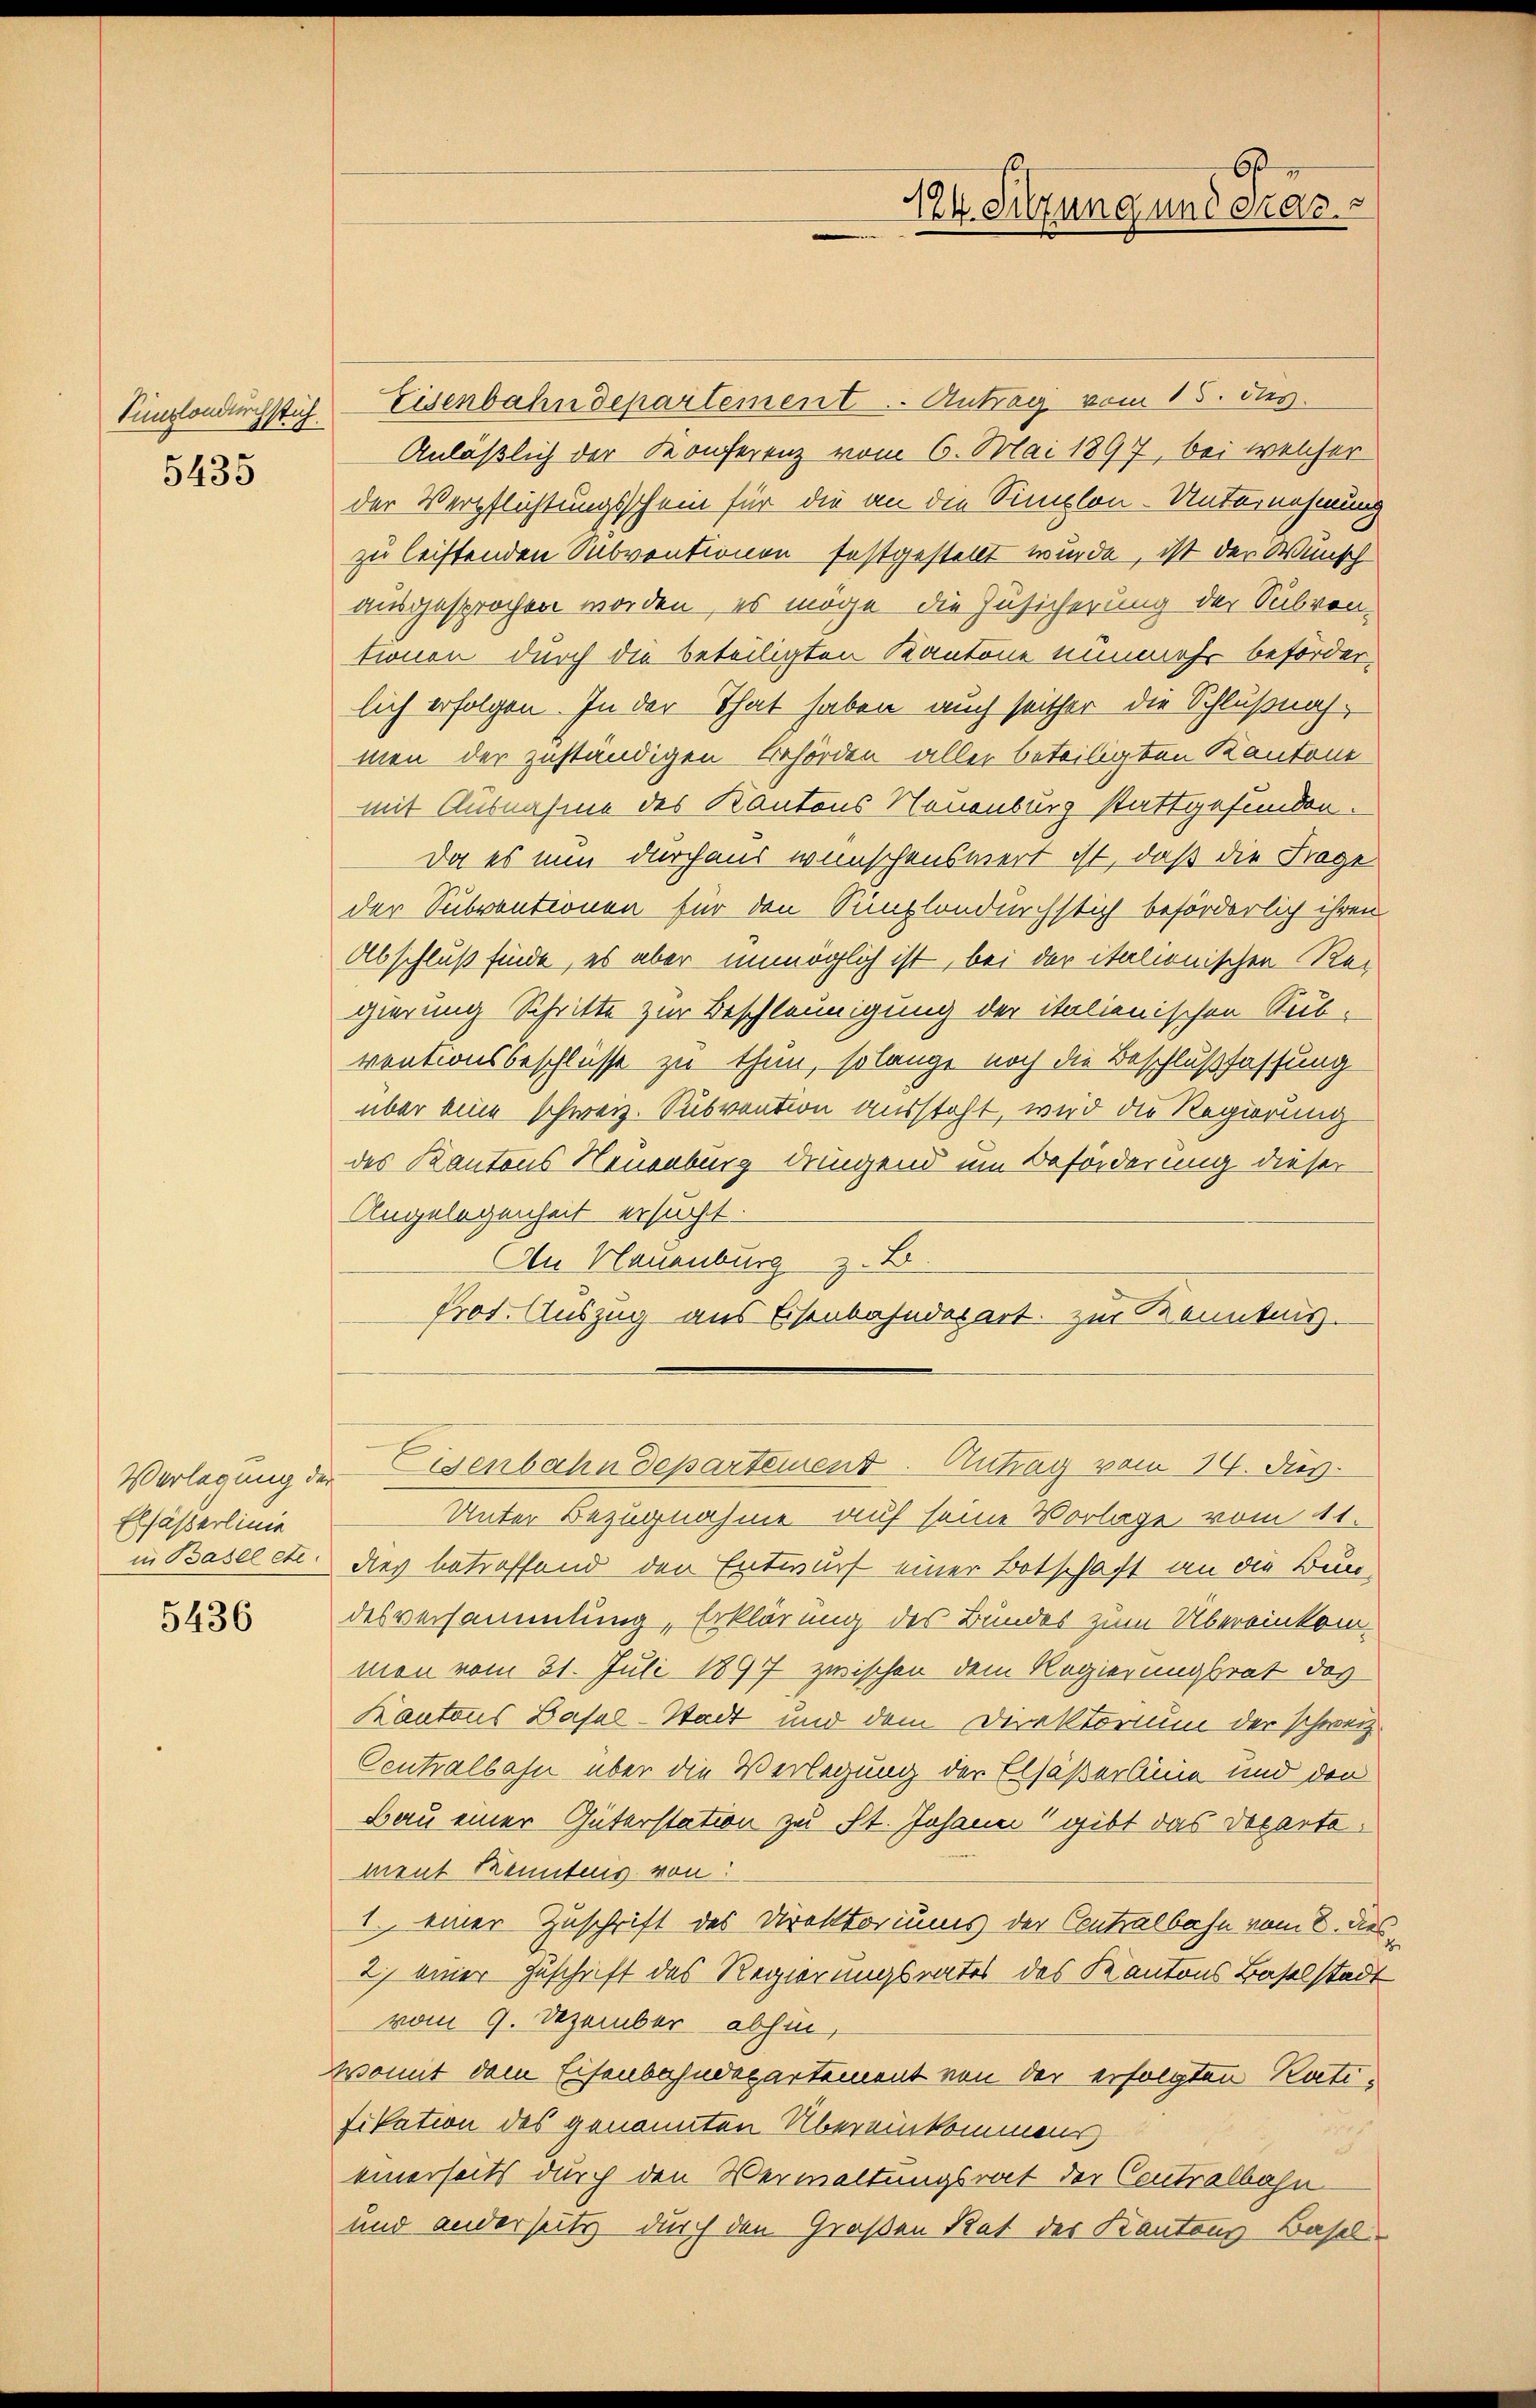
Simplondurchstich.
5435

Elsässerlinie

5436

6
224. Sitzung und erac
e

Eisenbahndepartement. Antrag vom 15. dies
Anläßlich der Konferenz vom 6. Mai 1897, bei welcher
der Verpflichtungsschein für die an die Simplon-Unternehmung
zu leistenden Subventionen festgestellt wurde, ist der Wunsch
ausgesprochen worden, es möge die Zusicherung der Subven-
tionen durch die beteiligten Kantone nunmehr beförderlich erfolgen. In der That haben auch seither die Schlußnahmen der zuständigen Behörden aller beteiligten Kantone
mit Ausnahme des Kantons Neuenburg stattgefunden.
Da es nun durchaus wünschenswert ist, daß die Frage
der Subventionen für den Simplondurchstich beförderlich ihren
Abschluß finde, es aber unmöglich ist, bei der italionischen Rei
gierung Schritte zur Beschleunigung der italienischen Sub-
ventionsbeschlüsse zu thun, solange noch die Beschlußfassung
über eine schweiz. Subvention aussteht, wird die Regierung
des Kantons Neuenburg dringend um Beförderung dieser
Angelegenheit ersucht.
An Neuenburg z. B.
Prot. Auszug aus Eisenbahndepart. Zur Kenntnis.
Verlegung der Eisenbahn Departement. Antrag vom 19. dus.
Unter Bezugnahme auf seine Vorlage vom 11.
in Baselche dies betroffend den Entwurf einer Botschaft an die Bun-
desversammlung, Erklärung des Bundes zum Übereinkommon vom 31. Juli 1897 zwischen dem Regierungsrat des
Kantons Basel-Stadt und dem Direktorium der schweiz.
Centralbahn über die Verlegung der Elsäßerlinie und den
Bau einer Güterstation zu St. Johann gibt das Departement Kenntens von
1. einer Zuschrift des Direktoriums der Contralbahn vom 8. dies¬
2) einer Zuschrift des Regierungsrates des Kantons Baselstadt
vom 9. Dezember abhin,
Womit dem Eisenbahndepartement von der erfolgten Ratifikation des genannten Übereinkommens
.
einerseits durch den Verwaltungsrat der Contralbahn
und anderseits durch den Großen Rat des Kantons Basel